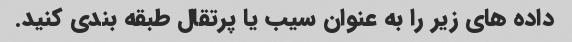
داده های زیر را به عنوان سیب یا پرتقال طبقه بندی کنید.